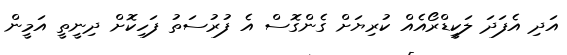
އަދި އެފަދަ ލަކީޑްރޯއެއް ކުރިޔަށް ގެންގޮސް އެ ފުރުސަތު ފަހިކޮށް ދިނީތީ އަމީން